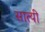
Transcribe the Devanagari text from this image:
सात्यी